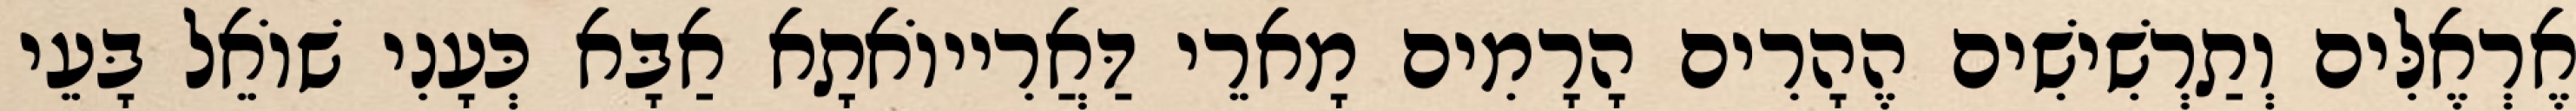
אֶרְאֶלִּים וְתַרְשִׁישִׁים הֶהָרִים הָרָמִים מָארֵי דַּאֲרִייוֹאתָא אַבָּא כְּעָנִי שׁוֹאֵל בָּעֵי